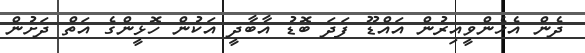
ދެން އެހެންވީއިރުން އައްޑޫ ފަދަ ބޮޑު އާބާދީ އަކުން ހޮޅީންގެ އަތް ދަށުން